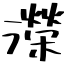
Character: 濚